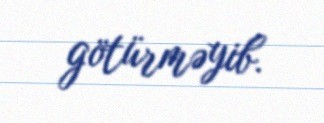
götürməyib.